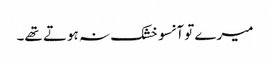
میرے تو آنسو خشک نہ ہوتے تھے۔